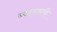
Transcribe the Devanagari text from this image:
थ्वारवती